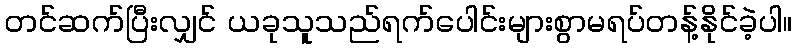
တင်ဆက်ပြီးလျှင် ယခုသူသည်ရက်ပေါင်းများစွာမရပ်တန့်နိုင်ခဲ့ပါ။